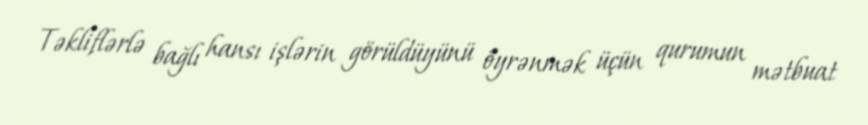
Təkliflərlə bağlı hansı işlərin görüldüyünü öyrənmək üçün qurumun mətbuat